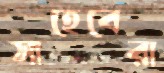
সাহেবেরা